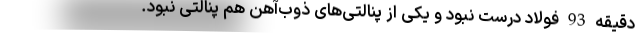
دقیقه 93 فولاد درست نبود و یکی از پنالتی‌های ذوب‌آهن هم پنالتی نبود.